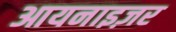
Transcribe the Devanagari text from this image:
आयनाइज़र